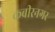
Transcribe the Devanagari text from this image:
कबीरनगर